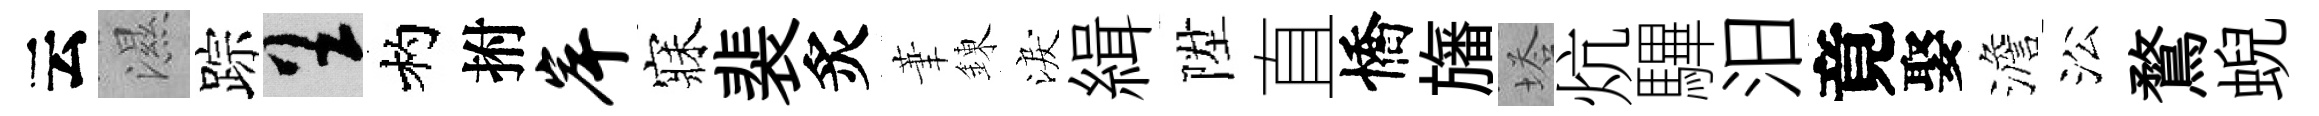
云濕踪呈杓拊岸寐裴炙茟錬淚緝陞直憍旛塔炕驆汨竟娶澹㳂鶩蜺